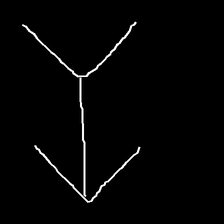
Glyph: gather